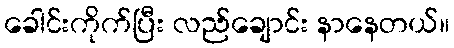
ခေါင်းကိုက်ပြီး လည်ချောင်း နာနေတယ်။